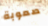
صعوبة